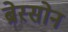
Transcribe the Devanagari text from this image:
ब्रेस्सोन